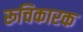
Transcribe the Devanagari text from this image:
रूचिकारक